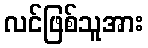
လင်ဖြစ်သူအား